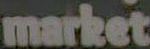
market